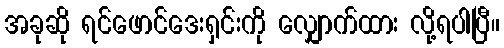
အခုဆို ရင်ဖောင်ဒေးရှင်းကို လျှောက်ထား လို့ရပါပြီ။